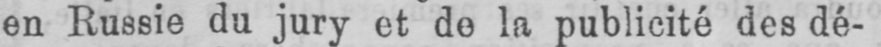
en Russie du jury et de la publicité des dé-